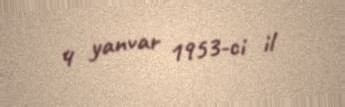
4 yanvar 1953-ci il